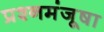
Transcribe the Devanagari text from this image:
प्रश्नमंजूषा